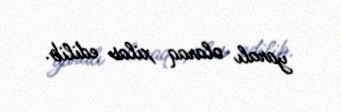
yaralı olaraq xilas edilib.